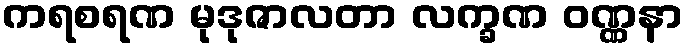
ကရစရဏ မုဒုဇာလတာ လက္ခဏ ဝဏ္ဏနာ